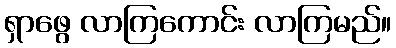
ရှာဖွေ လာကြကောင်း လာကြမည်။